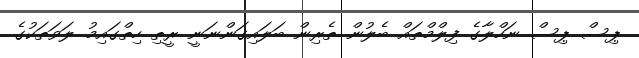
ޕިސް ޕިސް ނަހްލާގެ ފިލްްމްތައް ބެލުން ތެރިން ބަލައިގަންނަނީ ރީތި ހިތްގައިމު ލަވަތަކުގެ